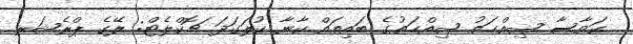
ކަވާސާ ޞިއްޙަތު ޞިއްޙަތުގެ ބައިތައް ކާނާ ކުލަގަދަ ޗޮކްލެޓް: ލޭގެ ޕްރެޝަރ